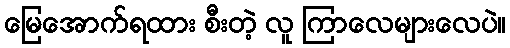
မြေအောက်ရထား စီးတဲ့ လူ ကြာလေများလေပဲ။